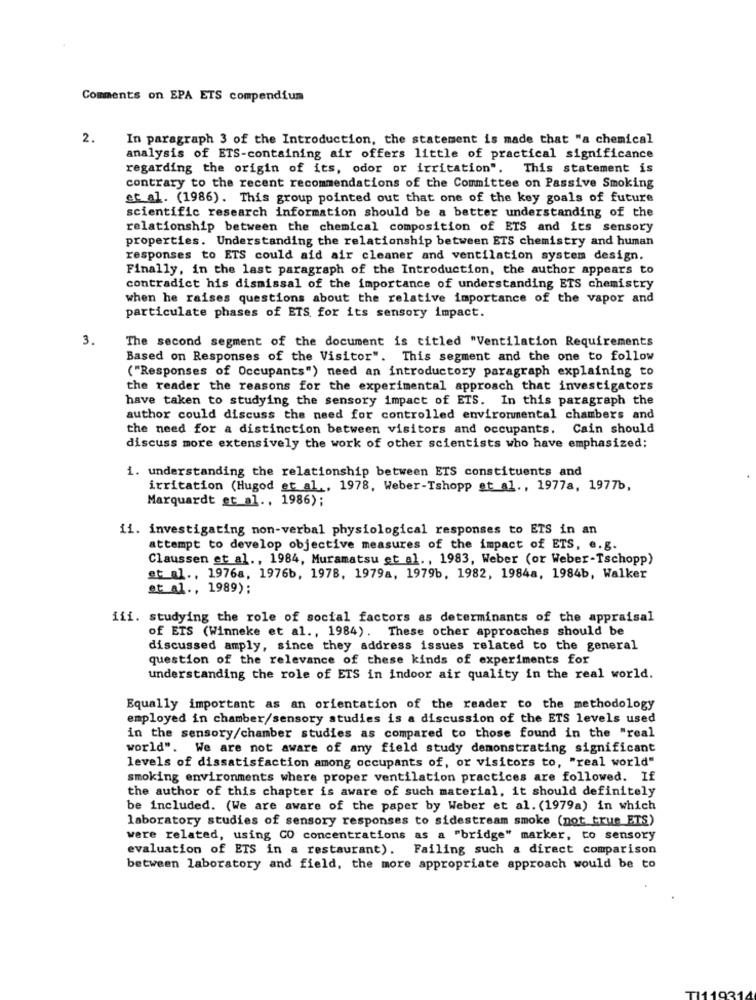
Comments on EPA ETS compendium
2.
In paragraph 3 of the Introduction, the statement is made that "a chemical
analysis of ETS-containing air offers little of practical significance
regarding the origin of its, odor or irritation". This statement is
contrary to the recent recommendations of the Committee on Passive Smoking
et al. (1986). This group pointed out that one of the key goals of future
scientific research information should be a better understanding of the
relationship between the chemical composition of ETS and its sensory
properties. Understanding the relationship between ETS chemistry and human
responses to ETS could aid air cleaner and ventilation system design.
Finally, in the last paragraph of the Introduction, the author appears to
contradict his dismissal of the importance of understanding ETS chemistry
when he raises questions about the relative importance of the vapor and
particulate phases of ETS for its sensory impact.
3.
The second segment of the document is titled "Ventilation Requirements
Based on Responses of the Visitor". This segment and the one to follow
( "Responses of Occupants") need an introductory paragraph explaining to
the reader the reasons for the experimental approach that investigators
have taken to studying the sensory impact of ETS. In this paragraph the
author could discuss the need for controlled environmental chambers and
the need for a distinction between visitors and occupants. Cain should
discuss more extensively the work of other scientists who have emphasized;
1. understanding the relationship between ETS constituents and
irritation (Hugod et al ., 1978, Weber-Tshopp et al ., 1977a, 1977b,
Marquardt et al ., 1986);
ii. investigating non-verbal physiological responses to ETS in an
attempt to develop objective measures of the impact of ETS, e.g.
Claussen et al ., 1984, Muramatsu et al ., 1983, Weber (or Weber-Tschopp)
at al ., 1976a, 1976b, 1978, 1979a, 1979b, 1982, 1984a, 1984b, Walker
et al ., 1989);
iii. studying the role of social factors as determinants of the appraisal
of ETS (Winneke et al ., 1984). These other approaches should be
discussed amply, since they address issues related to the general
question of the relevance of these kinds of experiments for
understanding the role of ETS in indoor air quality in the real world.
Equally important as an orientation of the reader to the methodology
employed in chamber/sensory studies is a discussion of the ETS levels used
in the sensory/chamber studies as compared to those found in the "real
world". We are not aware of any field study demonstrating significant
levels of dissatisfaction among occupants of, or visitors to, "real world"
smoking environments where proper ventilation practices are followed. If
the author of this chapter is aware of such material, it should definitely
be included. (We are aware of the paper by Weber et al. (1979a) in which
laboratory studies of sensory responses to sidestream smoke (not true ETS)
were related, using CO concentrations as a "bridge" marker, to sensory
evaluation of ETS in a restaurant). Failing such a direct comparison
between laboratory and field, the more appropriate approach would be to